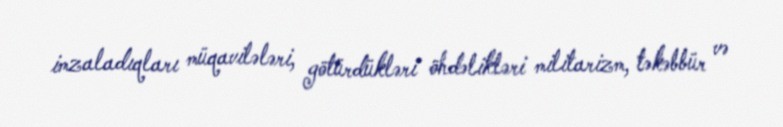
imzaladıqları müqavilələri, götürdükləri öhdəlikləri militarizm, təkəbbür və